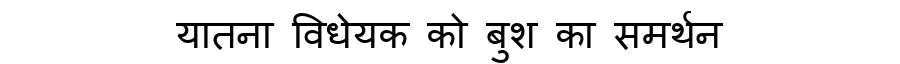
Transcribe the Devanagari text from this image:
यातना विधेयक को बुश का समर्थन